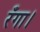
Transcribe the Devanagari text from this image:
रँगा।